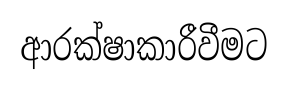
ආරක්ෂාකාරීවීමට